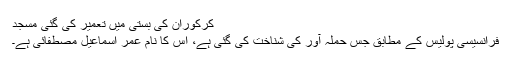
کُرکوران کی بستی میں تعمیر کی گئی مسجد
فرانسیسی پولیس کے مطابق جس حملہ آور کی شناخت کی گئی ہے، اُس کا نام عمر اسماعیل مصطفائی ہے۔